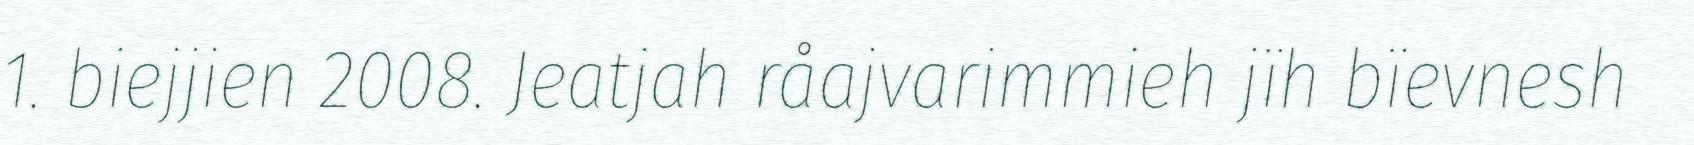
1. biejjien 2008. Jeatjah råajvarimmieh jïh bïevnesh